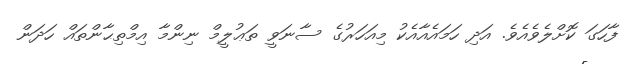
ފާހަގަ ކޮށްލެވެއެވެ. އަދި ހަމައެއާއެކު މިއަހަރުގެ ސާނަވީ ތަޢުލީމް ނިންމާ އިމްތިޙާންތައް ހަދަން